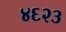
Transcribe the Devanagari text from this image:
४६२३